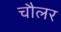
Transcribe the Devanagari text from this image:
चौलर